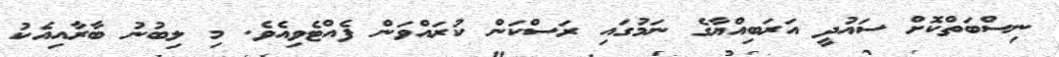
ނިސްބަތްކޮށް ސައުދީ އަރަބިއްޔާގެ ނަމުގައި ރަސްކަން ކުރައްވަން ފެއްޓެވިއެވެ. މި ލިބުނު ބާރާއިއެކު